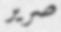
صرير